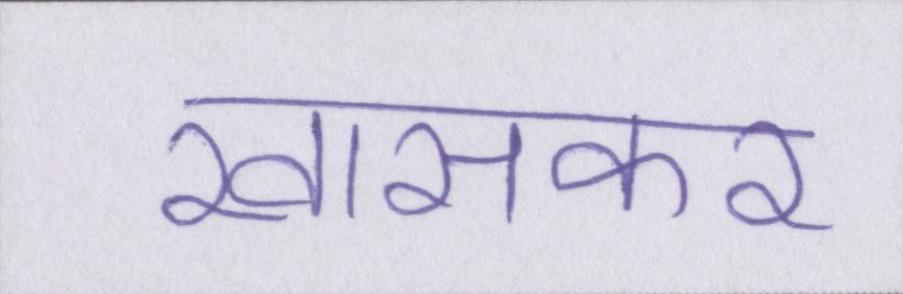
खासकर